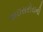
વાઇસરોયની